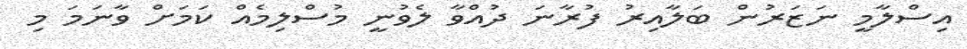
އިސްލާމީ ނަޒަރުން ބަލާއިރު ފުރާނަ ދުއްވާ ލެވުނީ މުސްލިމެއް ކަމަށް ވާނަމަ މި